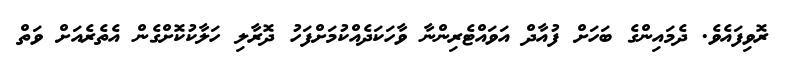
ރޮވިފައެވެ. ދެމައިންގެ ބަހަށް ފުއާދް އަވައްޓެރިންނާ ވާހަކަދެއްކުމަށްފަހު ދޮރާލި ހަލާކުކޮށްގެން އެތެރެއަށް ވަތް